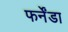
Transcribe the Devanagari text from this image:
फर्नेंडा